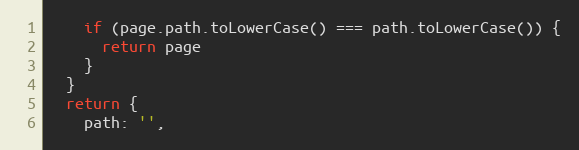
Language: JavaScript
    if (page.path.toLowerCase() === path.toLowerCase()) {
      return page
    }
  }
  return {
    path: '',